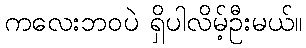
ကလေးဘဝပဲ ရှိပါလိမ့်ဦးမယ်။